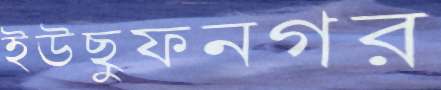
ইউছুফনগর